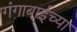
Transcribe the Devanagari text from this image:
गंगाबाईच्या